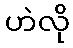
ဟဲလို